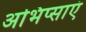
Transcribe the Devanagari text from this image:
अभिप्साएं